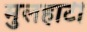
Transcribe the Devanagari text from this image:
मुलहाटी